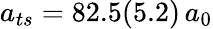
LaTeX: a_{ts}=82.5(5.2)\, a_{0}